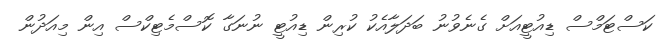
ކަސްޓަމްސް ޑިއުޓީއަށް ގެނެވުނު ބަދަލާއެކު ކުރިން ޑިއުޓީ ނުނަގާ ކޮސްމެޓިކްސް އިން މިއަދުން